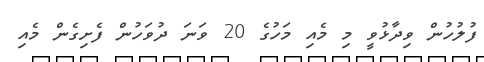
ފުލުހުން ވިދާޅުވީ މި މެއި މަހުގެ 20 ވަނަ ދުވަހުން ފެށިގެން މެއި